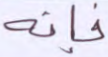
فإنه